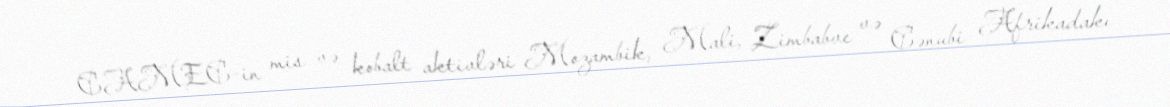
CAMEC-in mis və kobalt aktivləri Mozambik, Mali, Zimbabve və Cənubi Afrikadakı